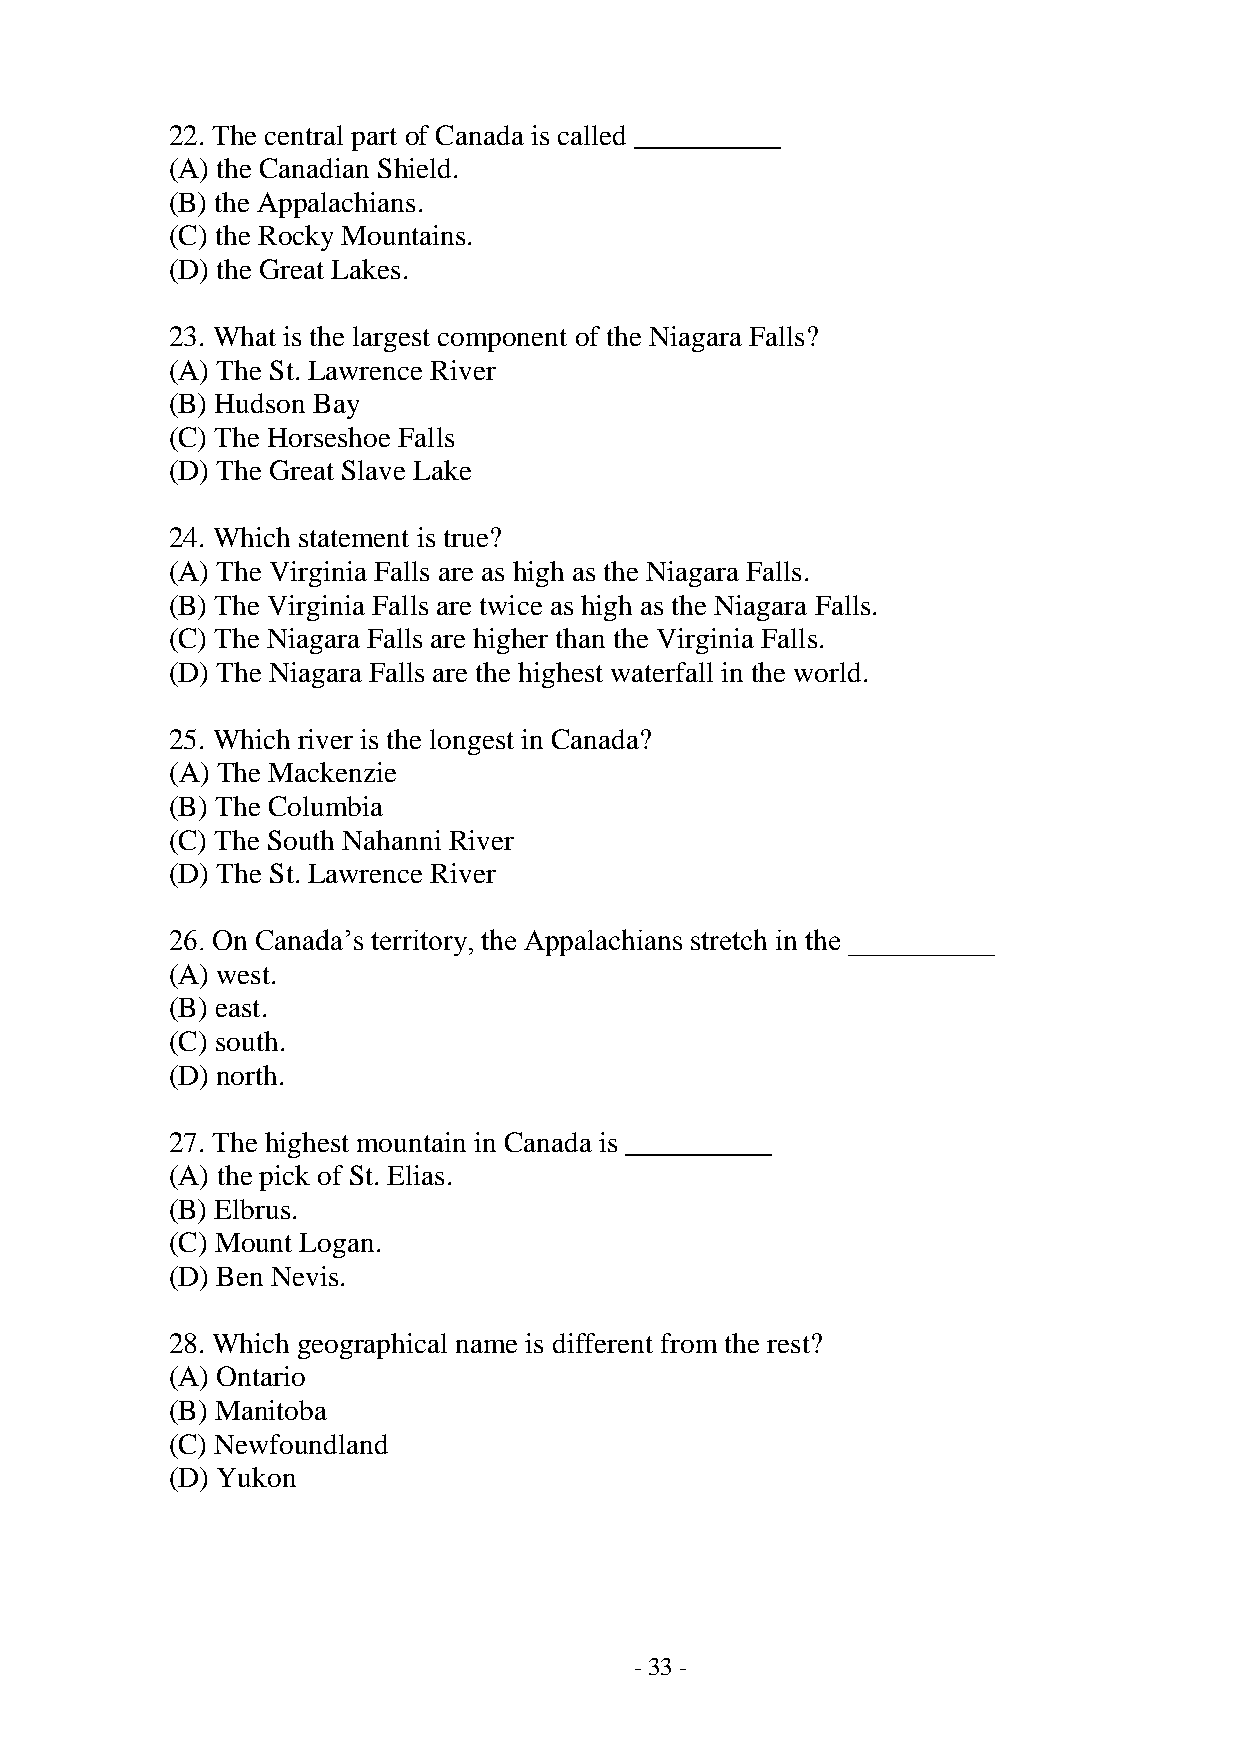
22. The central part of Canada is called __________
 (A) the Canadian Shield.
 (B) the Appalachians.
 (C) the Rocky Mountains.
 (D) the Great Lakes.
 23. What is the largest component of the Niagara Falls?
 (A) The St. Lawrence River
 (B) Hudson Bay
 (C) The Horseshoe Falls
 (D) The Great Slave Lake
 24. Which statement is true?
 (A) The Virginia Falls are as high as the Niagara Falls.
 (B) The Virginia Falls are twice as high as the Niagara Falls.
 (C) The Niagara Falls are higher than the Virginia Falls.
 (D) The Niagara Falls are the highest waterfall in the world.
 25. Which river is the longest in Canada?
 (A) The Mackenzie
 (B) The Columbia
 (C) The South Nahanni River
 (D) The St. Lawrence River
 26. On Canada’s territory, the Appalachians stretch in the __________
 (A) west.
 (B) east.
 (C) south.
 (D) north.
 27. The highest mountain in Canada is __________
 (A) the pick of St. Elias.
 (B) Elbrus.
 (C) Mount Logan.
 (D) Ben Nevis.
 28. Which geographical name is different from the rest?
 (A) Ontario
 (B) Manitoba
 (C) Newfoundland
 (D) Yukon
 - 33 -